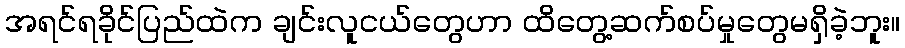
အရင်ရခိုင်ပြည်ထဲက ချင်းလူငယ်တွေဟာ ထိတွေ့ဆက်စပ်မှုတွေမရှိခဲ့ဘူး။